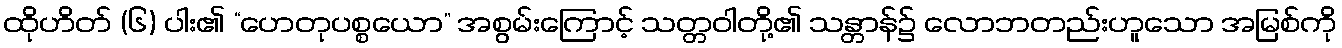
ထိုဟိတ် (၆) ပါး၏ “ဟေတုပစ္စယော” အစွမ်းကြောင့် သတ္တဝါတို့၏ သန္တာန်၌ လောဘတည်းဟူသော အမြစ်ကို